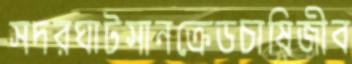
সদরঘাটসানক্রেডচাষিজীব